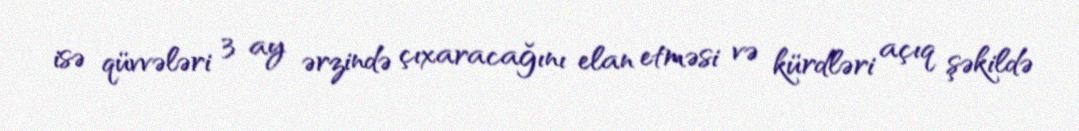
isə qüvvələri 3 ay ərzində çıxaracağını elan etməsi və kürdləri açıq şəkildə